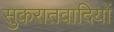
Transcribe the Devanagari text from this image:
सुकरातवादियों